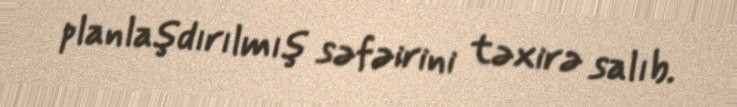
planlaşdırılmış səfəirini təxirə salıb.